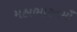
મહાભારતમાઁ